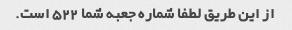
از این طریق لطفا شماره جعبه شما 522 است.